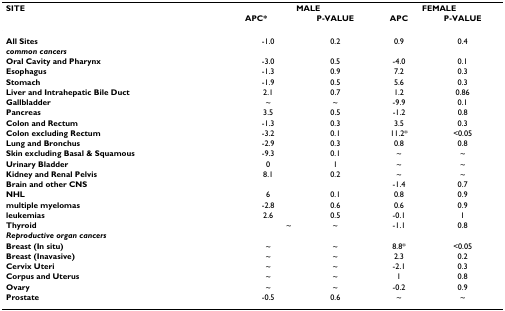
<table><thead><tr><td><b>SITE</b></td><td colspan="2"><b>MALE</b></td><td colspan="2"><b>FEMALE</b></td></tr><tr><td></td><td><b>APC*</b></td><td><b>P-VALUE</b></td><td><b>APC</b></td><td><b>P-VALUE</b></td></tr></thead><tbody><tr><td><b>All Sites</b></td><td>-1.0</td><td>0.2</td><td>0.9</td><td>0.4</td></tr><tr><td><b><i>common cancers</i></b></td><td></td><td></td><td></td><td></td></tr><tr><td><b>Oral Cavity and Pharynx</b></td><td>-3.0</td><td>0.5</td><td>-4.0</td><td>0.1</td></tr><tr><td><b>Esophagus</b></td><td>-1.3</td><td>0.9</td><td>7.2</td><td>0.3</td></tr><tr><td><b>Stomach</b></td><td>-1.9</td><td>0.5</td><td>5.6</td><td>0.3</td></tr><tr><td><b>Liver and Intrahepatic Bile Duct</b></td><td>2.1</td><td>0.7</td><td>1.2</td><td>0.86</td></tr><tr><td><b>Gallbladder</b></td><td>~</td><td>~</td><td>-9.9</td><td>0.1</td></tr><tr><td><b>Pancreas</b></td><td>3.5</td><td>0.5</td><td>-1.2</td><td>0.8</td></tr><tr><td><b>Colon and Rectum</b></td><td>-1.3</td><td>0.3</td><td>3.5</td><td>0.3</td></tr><tr><td><b>Colon excluding Rectum</b></td><td>-3.2</td><td>0.1</td><td>11.2*</td><td>&lt;0.05</td></tr><tr><td><b>Lung and Bronchus</b></td><td>-2.9</td><td>0.3</td><td>0.8</td><td>0.8</td></tr><tr><td><b>Skin excluding Basal &amp; Squamous</b></td><td>-9.3</td><td>0.1</td><td>~</td><td>~</td></tr><tr><td><b>Urinary Bladder</b></td><td>0</td><td>1</td><td>~</td><td>~</td></tr><tr><td><b>Kidney and Renal Pelvis</b></td><td>8.1</td><td>0.2</td><td>~</td><td>~</td></tr><tr><td><b>Brain and other CNS</b></td><td></td><td></td><td>-1.4</td><td>0.7</td></tr><tr><td><b>NHL</b></td><td>6</td><td>0.1</td><td>0.8</td><td>0.9</td></tr><tr><td><b>multiple myelomas</b></td><td>-2.8</td><td>0.6</td><td>0.6</td><td>0.9</td></tr><tr><td><b>leukemias</b></td><td>2.6</td><td>0.5</td><td>-0.1</td><td>1</td></tr><tr><td><b>Thyroid</b></td><td>~</td><td>~</td><td>-1.1</td><td>0.8</td></tr><tr><td><b><i>Reproductive organ cancers</i></b></td><td></td><td></td><td></td><td></td></tr><tr><td><b>Breast (In situ)</b></td><td>~</td><td>~</td><td>8.8*</td><td>&lt;0.05</td></tr><tr><td><b>Breast (Inavasive)</b></td><td>~</td><td>~</td><td>2.3</td><td>0.2</td></tr><tr><td><b>Cervix Uteri</b></td><td>~</td><td>~</td><td>-2.1</td><td>0.3</td></tr><tr><td><b>Corpus and Uterus</b></td><td>~</td><td>~</td><td>1</td><td>0.8</td></tr><tr><td><b>Ovary</b></td><td>~</td><td>~</td><td>-0.2</td><td>0.9</td></tr><tr><td><b>Prostate</b></td><td>-0.5</td><td>0.6</td><td>~</td><td>~</td></tr></tbody></table>